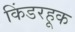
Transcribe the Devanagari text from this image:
किंडरहूक